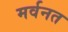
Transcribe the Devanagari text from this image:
मर्वनत